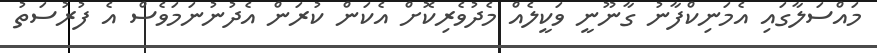
މައްސަލާގައި އެމަނިކްފާނު ގާނޫނީ ވަކީލެއް މެދުވެރިކޮށް އެކަން ކުރަން އެދުނުނަމަވެސް އެ ފުރުސަތު